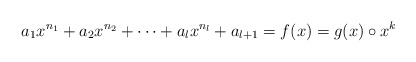
\begin{align*}a_1x^{n_1}+a_2x^{n_2}+\cdots+a_lx^{n_l}+a_{l+1}=f(x)=g(x)\circ x^k\end{align*}